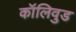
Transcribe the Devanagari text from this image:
कॉलिवुड